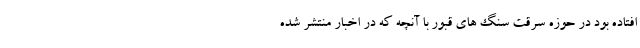
افتاده بود در حوزه سرقت سنگ های قبور با آنچه که در اخبار منتشر شده